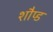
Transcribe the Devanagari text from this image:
शौप्ड